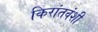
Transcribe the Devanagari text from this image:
किरांतवंशी